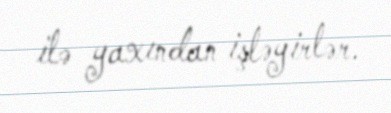
ilə yaxından işləyirlər.